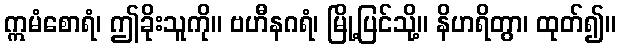
ဣမံစောရံ၊ ဤခိုးသူကို။ ဗဟီနဂရံ၊ မြို့ပြင်သို့။ နိဟရိတွာ၊ ထုတ်၍။